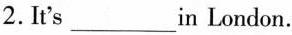
2. It's ___ in London.